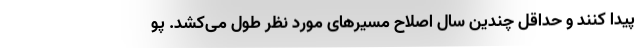
پیدا کنند و حداقل چندین سال اصلاح مسیرهای مورد نظر طول می‌کشد. پو